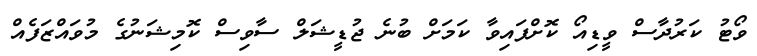
ވޯޓު ކަރުދާސް ވީޑިއޯ ކޮށްފައިވާ ކަމަށް ބުނެ ޖުޑީޝަލް ސާވިސް ކޮމިޝަނުގެ މުވައްޒަފެއް